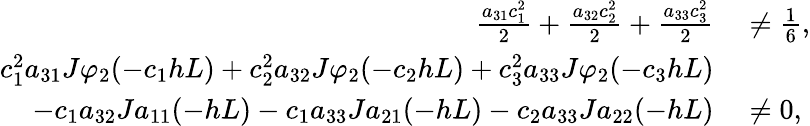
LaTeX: \begin{array}{rl}{\frac{a_{31}c_{1}^{2}}{2}+\frac{a_{32}c_{2}^{2}}{2}+\frac{a_{33}c_{3}^{2}}{2}}&{{}\ne\frac{1}{6},}\\ {c_{1}^{2}a_{31}J\varphi_{2}(-c_{1}hL)+c_{2}^{2}a_{32}J\varphi_{2}(-c_{2}hL)+c_{3}^{2}a_{33}J\varphi_{2}(-c_{3}hL)}\\ {-c_{1}a_{32}Ja_{11}(-hL)-c_{1}a_{33}Ja_{21}(-hL)-c_{2}a_{33}Ja_{22}(-hL)}&{{}\ne 0,}\end{array}